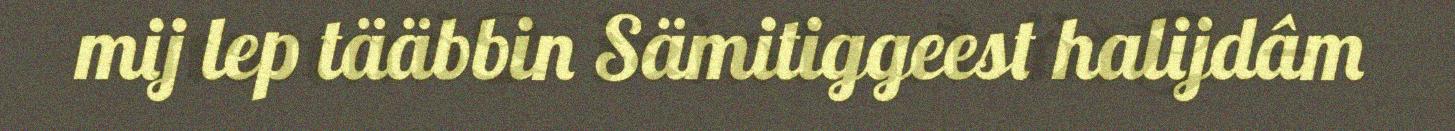
mij lep tääbbin Sämitiggeest halijdâm